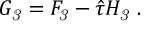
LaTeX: G _ { \it 3 } = F _ { \it 3 } - \hat { \tau } H _ { \it 3 } \ .